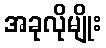
အခုလိုမျိုး